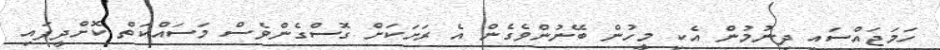
ހަމަޖައްސައި ދިނުމުން އެކި މީހުން ބޭނުންވެގެން އެ ރަށަކަށް ގޮސްގެންވެސް މަސައްކަތް ކޮށްދީފައި